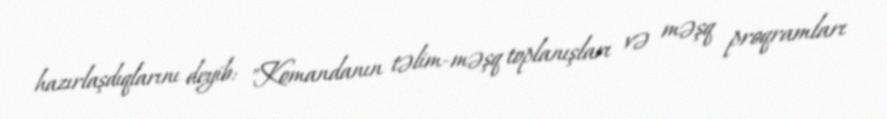
hazırlaşdıqlarını deyib: "Komandanın təlim-məşq toplanışları və məşq proqramları